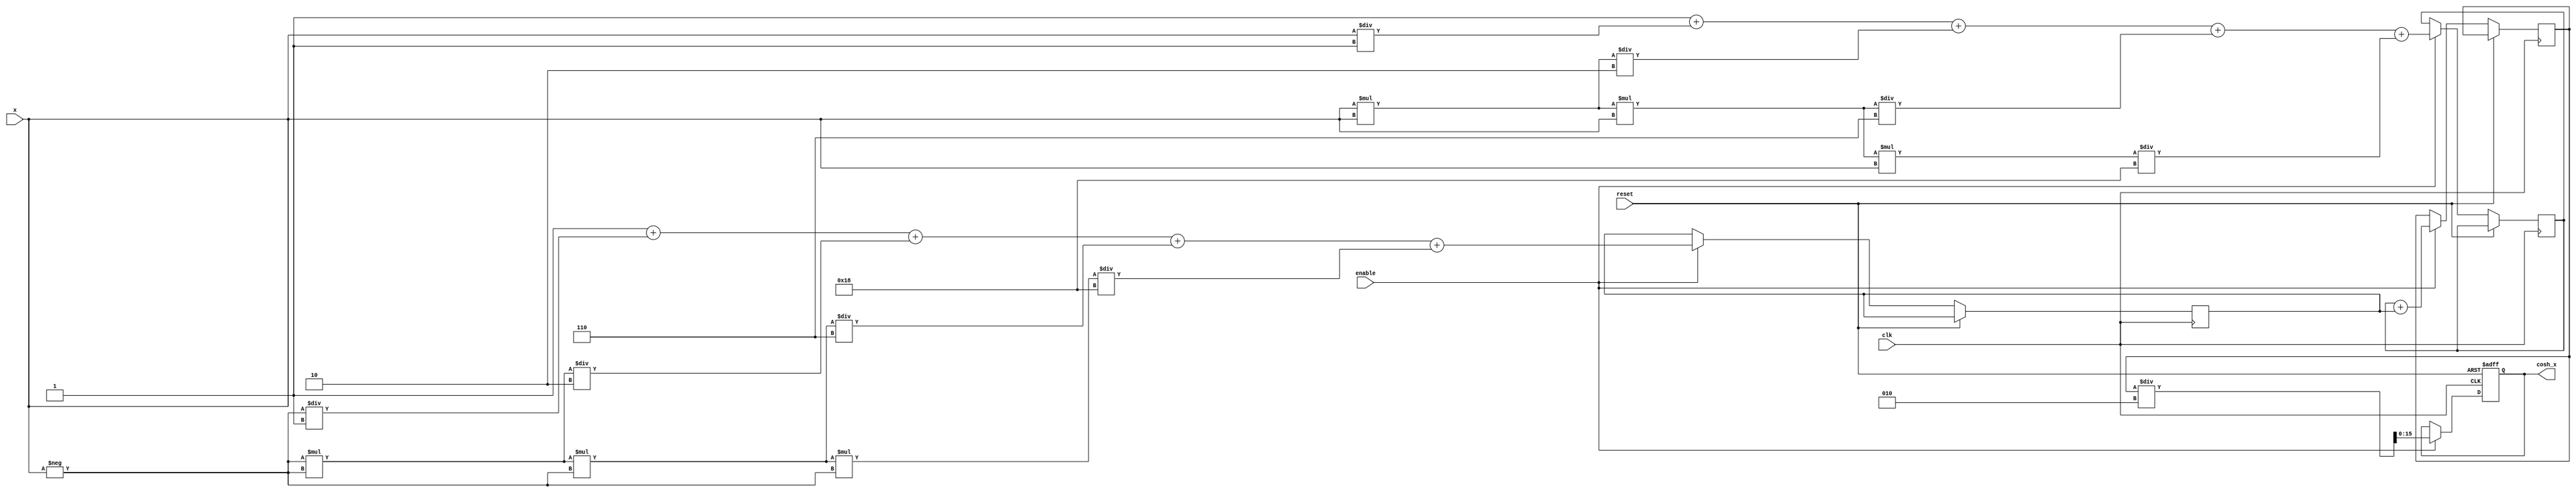
module hyperbolic_cosh #(
    parameter INPUT_WIDTH = 16,  // Width of input x
    parameter OUTPUT_WIDTH = 16   // Width of output cosh(x)
)(
    input wire clk,
    input wire reset,
    input wire enable,
    input wire signed [INPUT_WIDTH-1:0] x,  // Input value
    output reg signed [OUTPUT_WIDTH-1:0] cosh_x // Output value
);

    // Internal signals
    reg signed [INPUT_WIDTH-1:0] exp_x;
    reg signed [INPUT_WIDTH-1:0] exp_neg_x;
    reg signed [OUTPUT_WIDTH-1:0] sum_exp;

    // Taylor series coefficients for e^x and e^-x
    parameter [INPUT_WIDTH-1:0] FACTORIAL_0 = 1;
    parameter [INPUT_WIDTH-1:0] FACTORIAL_1 = 1;
    parameter [INPUT_WIDTH-1:0] FACTORIAL_2 = 2;
    parameter [INPUT_WIDTH-1:0] FACTORIAL_3 = 6;
    parameter [INPUT_WIDTH-1:0] FACTORIAL_4 = 24;

    // Compute e^x using Taylor series approximation
    function signed [INPUT_WIDTH-1:0] exp_taylor;
        input signed [INPUT_WIDTH-1:0] x;
        begin
            exp_taylor = FACTORIAL_0 + (x / FACTORIAL_1) + (x * x / FACTORIAL_2) +
                         (x * x * x / FACTORIAL_3) + (x * x * x * x / FACTORIAL_4);
        end
    endfunction

    // Compute e^-x using Taylor series approximation
    function signed [INPUT_WIDTH-1:0] exp_neg_taylor;
        input signed [INPUT_WIDTH-1:0] x;
        begin
            exp_neg_taylor = FACTORIAL_0 + (-x / FACTORIAL_1) + ((-x) * (-x) / FACTORIAL_2) +
                             ((-x) * (-x) * (-x) / FACTORIAL_3) + ((-x) * (-x) * (-x) * (-x) / FACTORIAL_4);
        end
    endfunction

    // Main computation block
    always @(posedge clk or posedge reset) begin
        if (reset) begin
            cosh_x <= 0;
        end else if (enable) begin
            exp_x <= exp_taylor(x);
            exp_neg_x <= exp_neg_taylor(x);
            sum_exp <= exp_x + exp_neg_x;
            cosh_x <= sum_exp / 2; // Scale by 1/2
        end
    end

endmodule